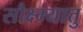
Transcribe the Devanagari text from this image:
सौक्ष्म्यात्तु